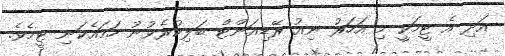
އަދި އެ ޓީމަކީ މި އަހަރު ނިއު ރޭޑިއަންޓް ބަލިކުރެވުނު ހަމައެކަނި ޓީމެވެ.